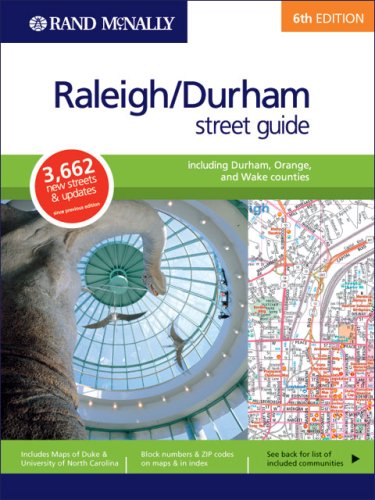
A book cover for Rand McNally Street Guide Raleigh/Durham (Rand McNally Raleigh/Durham Street Guide); Rand McNally and Company; Travel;